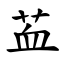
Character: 䒸